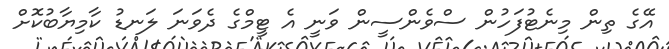
އޭގެ ތިން މިނެޓުފަހުން ސްވެންސީން ވަނީ އެ ޓީމްގެ ދެވަނަ ލަނޑު ކާމިޔާބުކޮށް